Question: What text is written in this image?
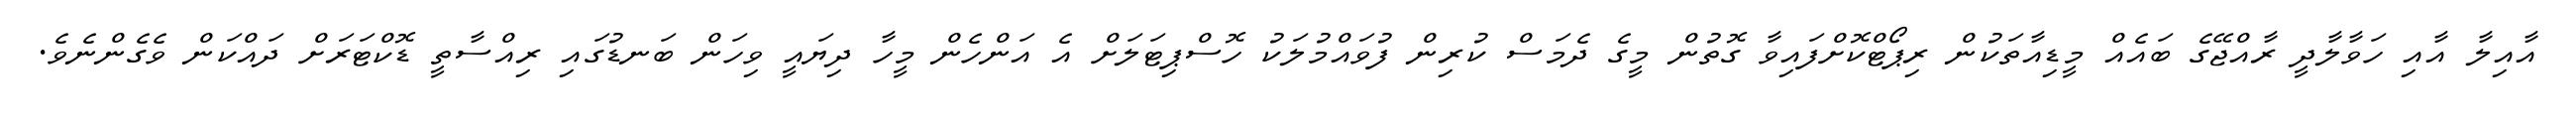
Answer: އާއިލާ އާއި ހަވާލާދީ ރާއްޖޭގެ ބައެއް މީޑިއާތަކުން ރިޕޯޓްކޮށްފައިވާ ގޮތުން މީގެ ދެމަސް ކުރިން ފުވައްމުލަކު ހޮސްޕިޓަލަށް އެ އަންހެން މީހާ ދިޔައީ ވިހަން ބަނޑުގައި ރިއްސާތީ ޑޮކްޓަރަށް ދައްކަން ވެގެންނެވެ.